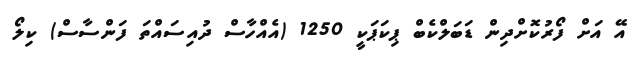
އޭ އަށް ފޯރުކޮށްދިން ޑަބަލްކެބް ޕިކަޕަކީ 1250 (އެއްހާސް ދުއިސައްތަ ފަންސާސް) ކިލޯ